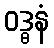
ဝဒ္ဓနံ